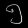
Digit: ၅